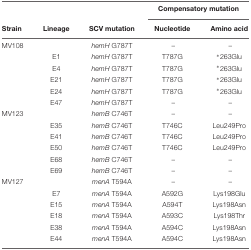
<table><thead><tr><td></td><td></td><td></td><td colspan="2"><b>Compensatory mutation</b></td></tr><tr><td><b>Strain</b></td><td><b>Lineage</b></td><td><b>SCV mutation</b></td><td><b>Nucleotide</b></td><td><b>Amino acid</b></td></tr></thead><tbody><tr><td>MV108</td><td></td><td><i>hemH</i> G787T</td><td>–</td><td>–</td></tr><tr><td></td><td>E1</td><td><i>hemH</i> G787T</td><td>T787G</td><td><sup>∗</sup>263Glu</td></tr><tr><td></td><td>E4</td><td><i>hemH</i> G787T</td><td>T787G</td><td><sup>∗</sup>263Glu</td></tr><tr><td></td><td>E21</td><td><i>hemH</i> G787T</td><td>T787G</td><td><sup>∗</sup>263Glu</td></tr><tr><td></td><td>E24</td><td><i>hemH</i> G787T</td><td>T787G</td><td><sup>∗</sup>263Glu</td></tr><tr><td></td><td>E47</td><td><i>hemH</i> G787T</td><td>–</td><td>–</td></tr><tr><td>MV123</td><td></td><td><i>hemB</i> C746T</td><td>–</td><td>–</td></tr><tr><td></td><td>E35</td><td><i>hemB</i> C746T</td><td>T746C</td><td>Leu249Pro</td></tr><tr><td></td><td>E41</td><td><i>hemB</i> C746T</td><td>T746C</td><td>Leu249Pro</td></tr><tr><td></td><td>E50</td><td><i>hemB</i> C746T</td><td>T746C</td><td>Leu249Pro</td></tr><tr><td></td><td>E68</td><td><i>hemB</i> C746T</td><td>–</td><td>–</td></tr><tr><td></td><td>E69</td><td><i>hemB</i> C746T</td><td>–</td><td>–</td></tr><tr><td>MV127</td><td></td><td><i>menA</i> T594A</td><td>–</td><td>–</td></tr><tr><td></td><td>E7</td><td><i>menA</i> T594A</td><td>A592G</td><td>Lys198Glu</td></tr><tr><td></td><td>E15</td><td><i>menA</i> T594A</td><td>A594T</td><td>Lys198Asn</td></tr><tr><td></td><td>E18</td><td><i>menA</i> T594A</td><td>A593C</td><td>Lys198Thr</td></tr><tr><td></td><td>E38</td><td><i>menA</i> T594A</td><td>A594C</td><td>Lys198Asn</td></tr><tr><td></td><td>E44</td><td><i>menA</i> T594A</td><td>A594C</td><td>Lys198Asn</td></tr></tbody></table>